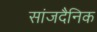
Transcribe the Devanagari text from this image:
सांजदैनिक